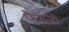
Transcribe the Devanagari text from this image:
फैयाजी